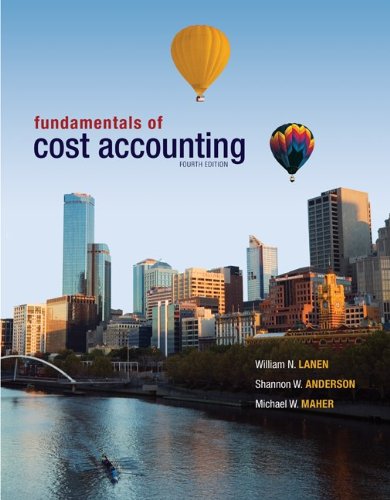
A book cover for Fundamentals of Cost Accounting, 4th Edition; William Lanen; Business & Money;